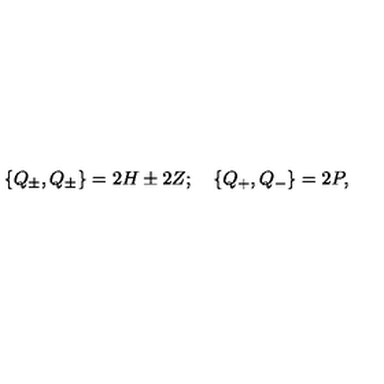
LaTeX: \left\{ Q _ { \pm } , Q _ { \pm } \right\} = 2 H \pm 2 Z ; \quad \left\{ Q _ { + } , Q _ { - } \right\} = 2 P ,